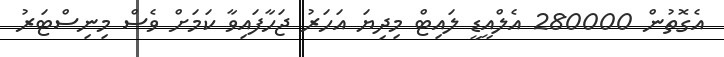
އެގޮތުން 280000 އެލްއީޑީ ލައިޓް މިދިޔަ އަހަރު ޖަހާފައިވާ ކަމަށް ވެސް މިނިސްޓަރު